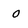
Character: O